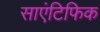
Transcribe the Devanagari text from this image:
साएंटिफिक